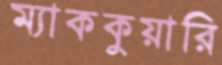
ম্যাককুয়ারি